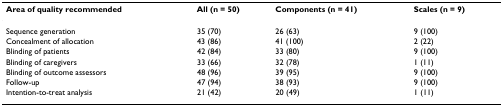
| Area of quality recommended | All (n = 50) | Components (n = 41) | Scales (n = 9) |
 | --- | --- | --- | --- |
 | Sequence generation | 35 (70) | 26 (63) | 9 (100) |
 | Concealment of allocation | 43 (86) | 41 (100) | 2 (22) |
 | Blinding of patients | 42 (84) | 33 (80) | 9 (100) |
 | Blinding of caregivers | 33 (66) | 32 (78) | 1 (11) |
 | Blinding of outcome assessors | 48 (96) | 39 (95) | 9 (100) |
 | Follow-up | 47 (94) | 38 (93) | 9 (100) |
 | Intention-to-treat analysis | 21 (42) | 20 (49) | 1 (11) |